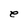
Character: e